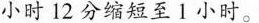
小时12分缩短至1小时.